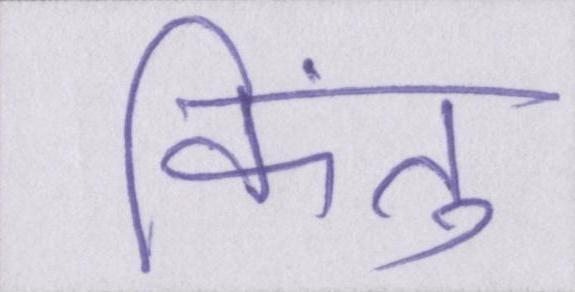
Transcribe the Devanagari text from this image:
किंतु